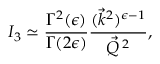
{ \cal I } _ { 3 } \simeq \frac { \Gamma ^ { 2 } ( \epsilon ) } { \Gamma ( 2 \epsilon ) } \frac { ( \vec { k } ^ { 2 } ) ^ { \epsilon - 1 } } { \vec { Q } ^ { \: 2 } } ,